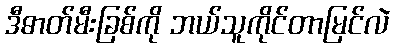
ဒီဓာတ်မီးခြစ်ကို ဘယ်သူကိုင်တာမြင်လဲ